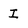
Character: I